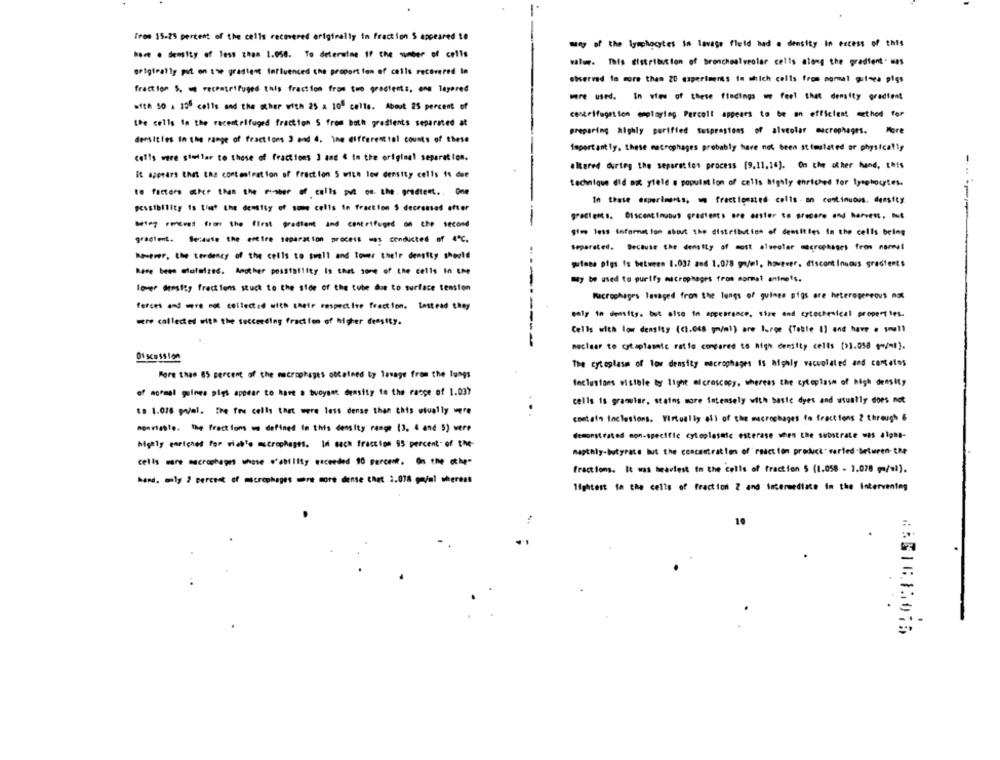
Tros 15-75 percent of the cells recovered originally in fraction S appeared to
ww of the lymphocytes in lavage fluid had . density in excess of this
here . density of less than 1.050. To determine if the number of cells
walur. This distribution of bronchealveolar cells along the gradient - was
originally pit on the gradient influenced the proportion of cells recovered la
etserved to more than 20 experiments in which colls from momal guinea pigs
fraction 5. recentrifuged this fraction from tue gradients, one layered
were used. In view of these findings we feel that density gradient
with 50 a 156 cells and the scher with 25 x 100 cells. About 25 percent of
centrifugaton emplaying Percolt appears to be an efficient method for
the cells In the recentrifuged fraction S from both gradients separated at
preparing highly purified susprestons of alveolar macrophages. More
dessiglos in the range of fractions 3 and 4. ine differential counts of these
Important ly. these macrophages probably have not been stimulated or physically
cells were stellar to those of fractions 3 and 4 in the original separation.
altered durteg the separation process (9.11,16). On the other hand, this
It apetars that the contentration of Fraction 5 with low density cells is due
technique did as yield a population of cells highly enriched for lymphocytes.
to factors aher that the number of cells put on the gradtest. One
In these experiments, w fractionsted colis . an continuous. density
possibility is that the density of some cells In fraction $ decreases efter
gractens. Discontinuous gradtents are amster to precare and harvest. ..
wiey reeves from the first gradient and centrifuged on the second
give less Information about the distribution of densities in the cells being
gradient. Because the entire separation process was conducted of 4℃.
separated. Because the density of most alveolar macrophages from norwell
however, the terdency of the cells to swell and lower their density should
guinea pigs is between 1.037 and 1.078 g/el, however. discontinuous gradients
have been lofaizes. Amother posstatiity is that some of the cells in the
My be used to purify macrophages from mormal antmets.
lover density fractions stuck to the side of the tube due to surface tension
Macrophages lavaged from the lungs of guinea pigs ore heterogeneous not
forces and were not collected with their respective fraction. Instead they
sely in densits. but also in appearance, size and extechnical properties.
were collected with the succeeding fraction of higher density.
Cells with low density ((1.048 gm/ml) are large (Table 1] and have . ymuell
--------
neclear to ctaplasmic ratto compared to high density cells (>1.058 ** /ml].
The cytoplasm of low density macrophages is highly vacuolated and cometes
More than 65 percent of the macrophages obtained by lavage from the lungs
Inclusions vistole boy light microscopy, whereas the cytoplasm of high density
of normal guinea pigs appear to have a buoyant density in the range of 1.037
cells is gramlar, stains more intensely with basic dyes and usually does not
to 1.076 yval. The fru cells that were less dense than this wtually were
contato inclusions. Virtually all of the macrophages to fractions 2 through &
monrias!e. the fract fons we defined in this density range (3, 4 and 5) were
demonstrated con-specific cytoplasalc esterase when the substrate was alpha-
highly enriches for viab'e accrophages. In sach fraccion 95 percent- of the-
napthly-butyrate but the concentration of'reaction product" verted .beturen-the
cells more macrophage whose .'ability exceeded 10 percent. ( (h cl-
fractions. It was heaviest in the cells of fraction 5 (1.058 - 1.078 (=/=)).
hand. mily ? percent of macrophages were more dense Chat 2.078 go/al wherees
lightest in the cells of fraction 2 and intermediate in the Intervening
10